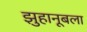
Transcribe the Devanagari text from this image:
झुहानूबला